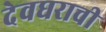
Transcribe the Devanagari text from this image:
देवघराची